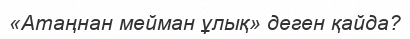
«Атаңнан мейман ұлық» деген қайда?